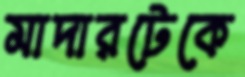
মাদারটেকে